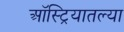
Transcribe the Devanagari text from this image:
ऑस्ट्रियातल्या